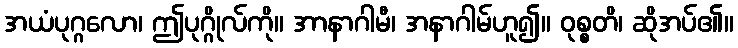
အယံပုဂ္ဂလော၊ ဤပုဂ္ဂိုလ်ကို။ အာနာဂါမီ၊ အနာဂါမ်ဟူ၍။ ဝုစ္စတိ၊ ဆိုအပ်၏။